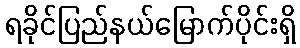
ရခိုင်ပြည်နယ်မြောက်ပိုင်းရှိ